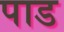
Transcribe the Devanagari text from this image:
पाड